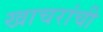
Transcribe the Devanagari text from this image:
खाचरांची